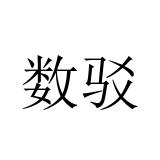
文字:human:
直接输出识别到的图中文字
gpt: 数驳